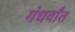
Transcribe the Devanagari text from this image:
गंधर्वांत